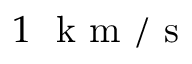
1 ~ \mathrm { ~ k ~ m ~ } / \mathrm { ~ s ~ }